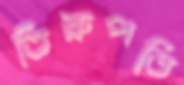
তিরুপতি